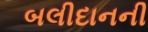
બલીદાનની